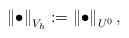
\begin{align*}\left\Vert \bullet \right\Vert _{V_{h}}:=\left\Vert \bullet \right\Vert_{U^{0}},\end{align*}